Annual report on the working of the lock hospitals in the North-Western Provinces and Oudh
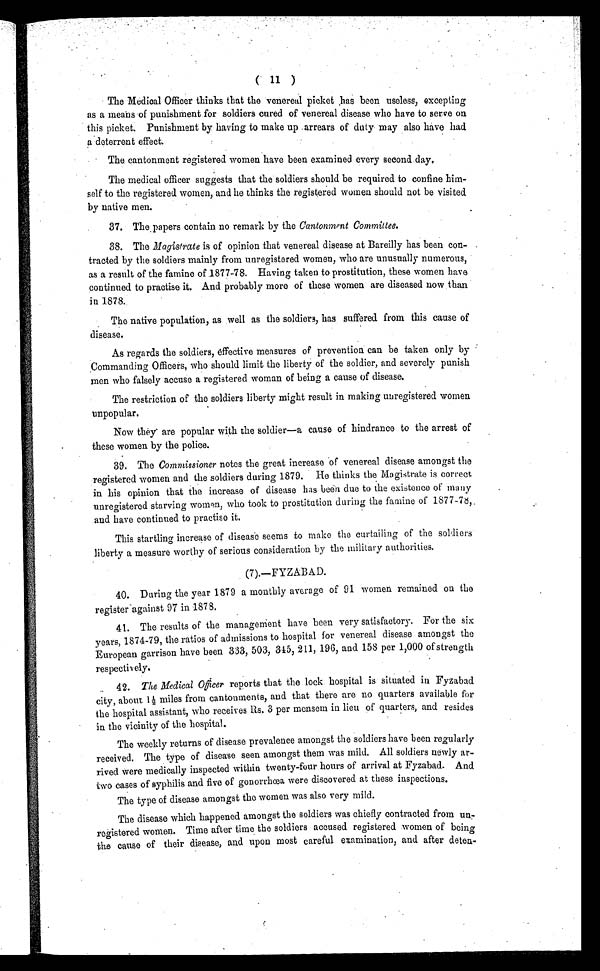
( 11 )
The Medical Officer thinks that the venereal picket has been useless, excepting
as a means of punishment for soldiers cured of venereal disease who have to serve on
this picket. Punishment by having to make up arrears of duty may also have had
a deterrent effect.
The cantonment registered women have been examined every second day.
The medical officer suggests that the soldiers should be required to confine him-
self to the registered women, and he thinks the registered women should not be visited
by native men.
37. The papers contain no remark by the Cantonment Committee.
38. The Magistrate is of opinion that venereal disease at Bareilly has been con-
tracted by the soldiers mainly from unregistered women, who are unusually numerous,
as a result of the famine of 1877-78. Having taken to prostitution, these women have
continued to practise it. And probably more of these women are diseased now than
in 1878.
The native population, as well as the soldiers, has suffered from this cause of
disease.
As regards the soldiers, effective measures of prevention can be taken only by
Commanding Officers, who should limit the liberty of the soldier, and severely punish
men who falsely accuse a registered woman of being a cause of disease.
The restriction of the soldiers liberty might result in making unregistered women
unpopular.
Now they are popular with the soldier—a cause of hindrance to the arrest of
these women by the police.
39. The Commissioner notes the great increase of venereal disease amongst the
registered women and the soldiers during 1879. He thinks the Magistrate is correct
in his opinion that the increase of disease has been due to the existence of many
unregistered starving women, who took to prostitution during the famine of 1877-78,
and have continued to practise it.
This startling increase of disease seems to make the curtailing of the soldiers
liberty a measure worthy of serious consideration by the military authorities.
(7).—FYZABAD.
40. During the year 1879 a monthly average of 91 women remained on the
register against 97 in 1878.
41. The results of the management have been very satisfactory. For the six
years, 1874-79, the ratios of admissions to hospital for venereal disease amongst the
European garrison have been 333, 503, 345, 211, 196, and 158 per 1,000 of strength
respectively.
42. The Medical Officer reports that the lock hospital is situated in Fyzabad
city, about 1½ miles from cantonments, and that there are no quarters available for
the hospital assistant, who receives Rs. 3 per mensein in lieu of quarters, and resides
in the vicinity of the hospital.
The weekly returns of disease prevalence amongst the soldiers have been regularly
received. The type of disease seen amongst them was mild. All soldiers newly ar-
rived were medically inspected within twenty-four hours of arrival at Fyzabad. And
two cases of syphilis and five of gonorrhœa were discovered at these inspections.
The type of disease amongst the women was also very mild.
The disease which happened amongst the soldiers was chiefly contracted from un-
registered women. Time after time the soldiers accused registered women of being
the cause of their disease, and upon most careful examination, and after deten-